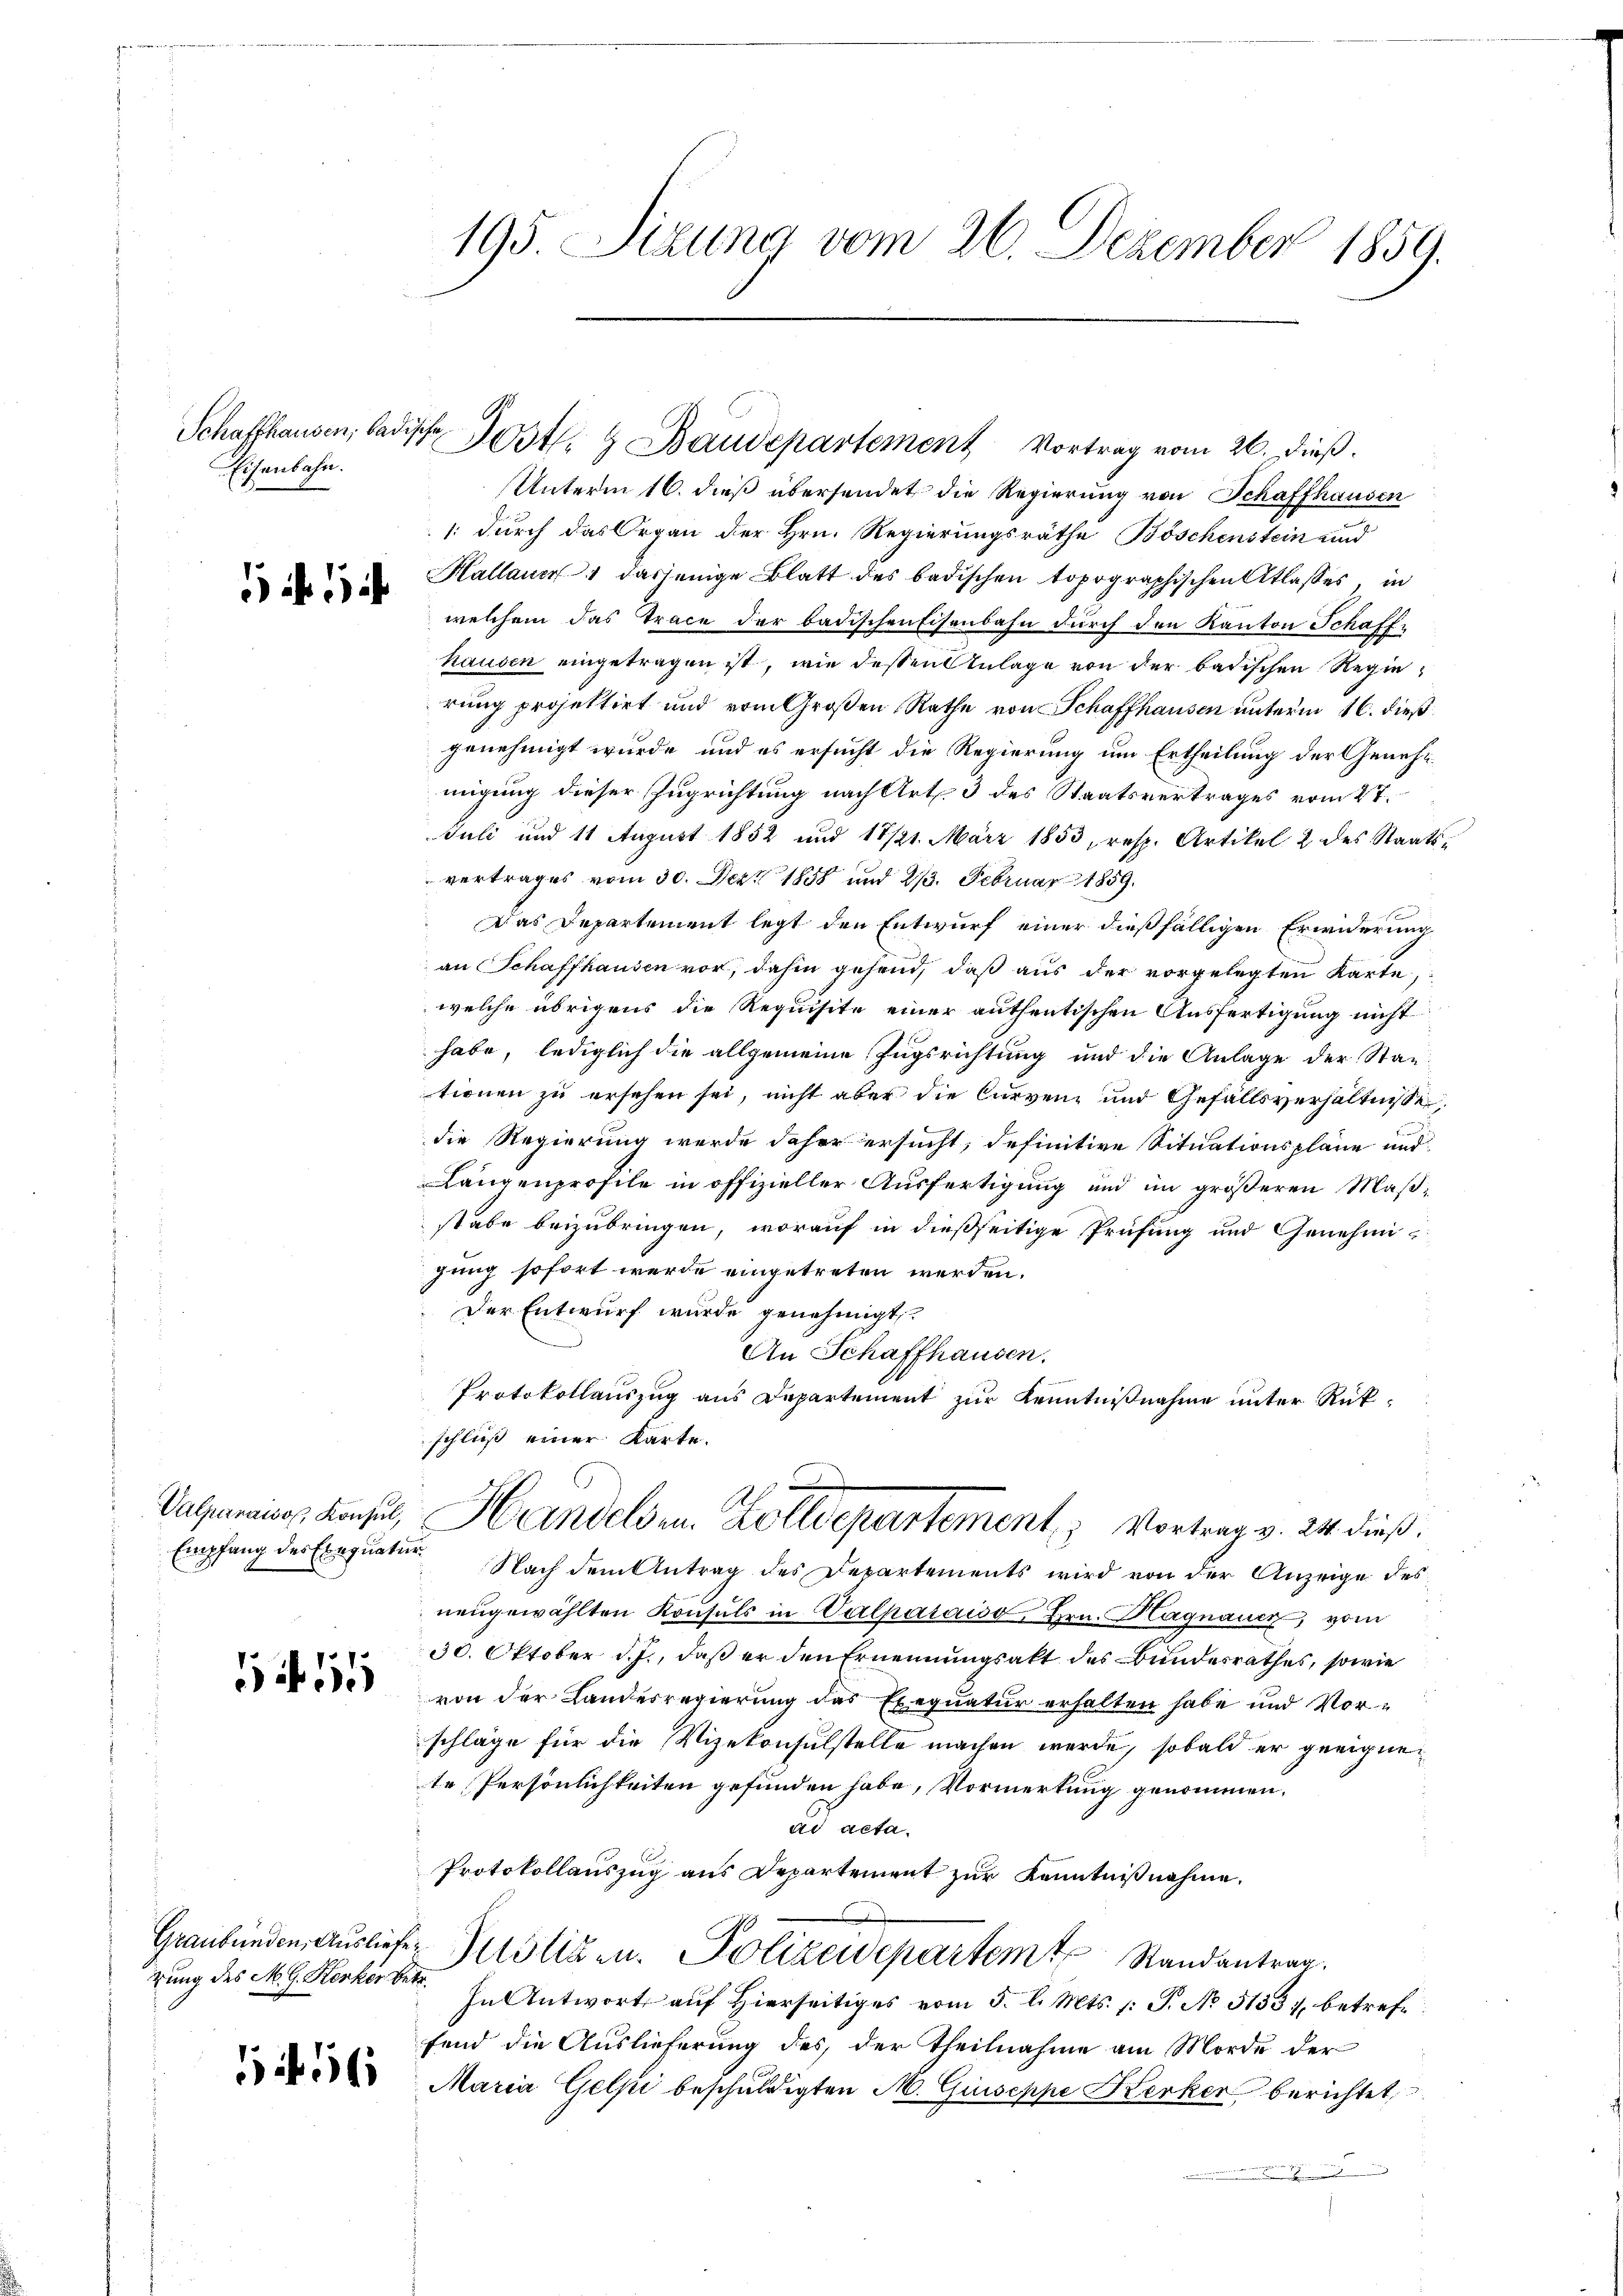
Eisenbahn.

1 11

1 f 1

rung des M. G. Kerker betr.

156

Unterm 16. dieß übersendet die Regierung von Schaffhausen
1: durch das Organ der Hrn. Regierungsräthe Böschenstein und
Kallauer dasjenige Blatt des badischen topographischen Atlasses, in
welchem das Trace der badischen Eisenbahn durch den Kanton Schaffhausen eingetragen ist, wie dessen Anlage von der badischen Regierung projektirt und vom Großen Rathe von Schaffhausen unterm 16. dieß
genehmigt wurde, und es ersucht die Regierung um Ertheilung der Genehmigung dieser Zugrichtung nach Art. 3 des Staatsvertrages vom 27.
Juli und 11 August 1852 und 17/21. März 1853, resp. Artikel 2 des Staats-
vertrages vom 30. Dez. 1858 und 213. Februar 1859.
Das Departement legt den Entwurf einer dießfälligen Erwiderung
an Schaffhausen vor, dahin gehend, daß aus der vorgelegten Karte,
welche übrigens die Requisite einer authentischen Ausfertigung nicht
habe, lediglich die allgemeine Zugsrichtung und die Anlage der Stantionen zu ersehen sei, nicht aber die Curvenz und Gefällsverhältnisse
die Regierung werde daher ersucht, definitive Situationspläne und
Langenprofile in offizieller Ausfertigung und im größeren Maßstabe beizubringen, worauf in dießseitige Prüfung und Genehmigung sofort werde eingetreten werden.
Der Entwurf wurde genehmigt.
An Schaffhausen.
Protokollaŭszŭg ans Departement zŭr Kenntniβnahme unter Rükschließ einer Karte.

195. Sitzung vom 26. Dezember 1859.

Schaffhausen, badische Post.  Baudepartement Vortrag vom 26. dieß.

Valparaiser Konsul, Handelsen Zolldepartement, Vortrag v. 24. dieß.

Empfang des Exequatur. Nach dem Antrag des Departements wird von der Anzeige des
neŭgewählten Konsuls in Calparais, Hrn. Hagnauer, vom
30. Oktober d. J., daß er den Ernennungsakt des Bundesrathes, sowie
von der Landesregierung des Exequatur erhalten habe und Vorschläge für die Vizekonsulstelle machen werde, sobald er geeignete Persönlichkeiten gefunden habe, Vormerkung genommen.
ad acta.
Protokollauszug aus Departement zur Kenntnißnahme.
Graubünden Ausliefer Justizen. Polizeidepartem Randantrag.
In Antwort auf Hierseitiges vom 5. l. Mts. (: P. No 5133, betreffend die Auslieferung des der Theilnahme am Morde der
Maria Gelpi beschuldigten M. Giuseppe Kerker berichtet
n